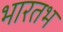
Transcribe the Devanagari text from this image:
भारतभ